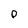
Character: 0